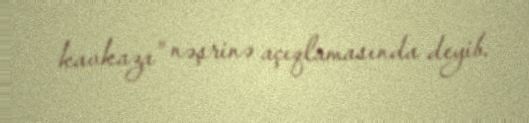
kavkaza” nəşrinə açıqlamasında deyib.